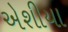
એશીયા